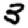
Digit: 3